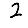
Digit: 2